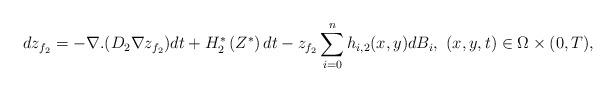
LaTeX: \begin{align*}d z_{f_2}=-\nabla.(D_{2}\nabla{ z_{f_2}})dt+H^*_2\left({Z^*}\right)dt-z_{f_{2}}\sum_{i=0}^nh_{i,2}(x,y)dB_i,~(x,y,t)\in\Omega\times (0,T),\end{align*}